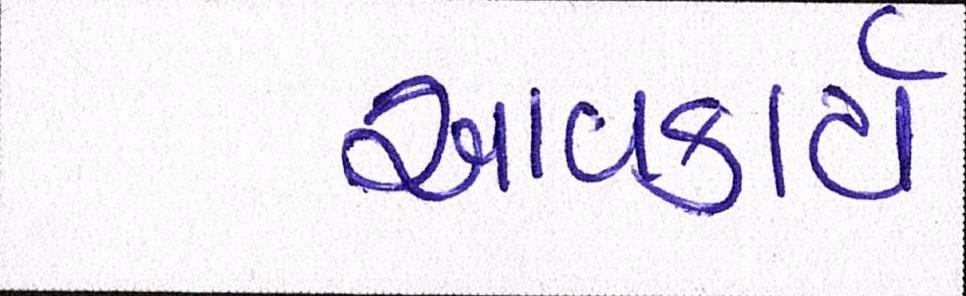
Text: આવકાર્ય